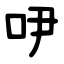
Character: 吚